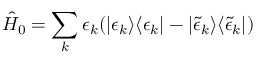
\hat { H } _ { 0 } = \sum _ { k } \epsilon _ { k } ( | \epsilon _ { k } \rangle \langle \epsilon _ { k } | - | \tilde { \epsilon } _ { k } \rangle \langle \tilde { \epsilon } _ { k } | )